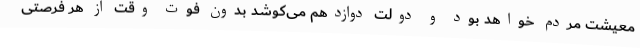
معیشت مردم خواهد بود و دولت دوازدهم می‌کوشد بدون فوت وقت از هر فرصتی